Report of the Bombay Veterinary College
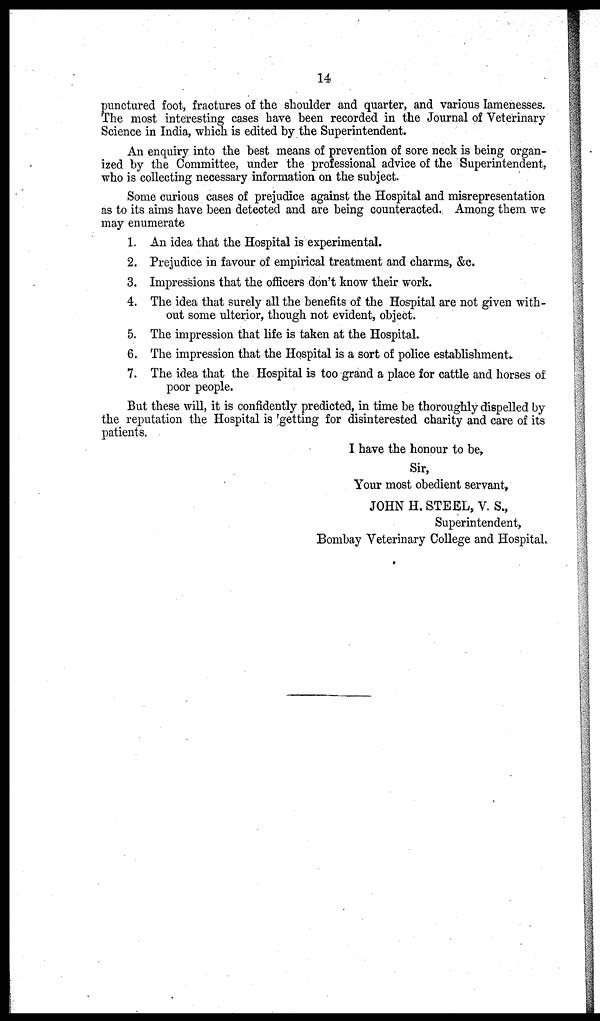
14
punctured foot, fractures of the shoulder and quarter, and various lamenesses.
The most interesting cases have been recorded in the Journal of Veterinary
Science in India, which is edited by the Superintendent.
An enquiry into the best means of prevention of sore neck is being organ-
ized by the Committee, under the professional advice of the Superintendent,
who is collecting necessary information on the subject.
Some curious cases of prejudice against the Hospital and misrepresentation
as to its aims have been detected and are being counteracted., Among them we
may enumerate
1. An idea that the Hospital is experimental.
2. Prejudice in favour of empirical treatment and charms, &c.
3. Impressions that the officers don't know their work.
4. The idea that surely all the benefits of the Hospital are not given with-
out some ulterior, though not evident, object.
5. The impression that life is taken at the Hospital.
6. The impression that the Hospital is a sort of police establishment.
7. The idea that the Hospital is too grand a place for cattle and horses of
poor people.
But these will, it is confidently predicted, in time be thoroughly dispelled by
the reputation the Hospital is getting for disinterested charity and care of its
patients.
I have the honour to be,
Sir,
Your most obedient servant,
JOHN H. STEEL, V. S.,
Superintendent,
Bombay Veterinary College and Hospital.